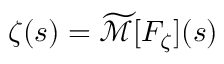
\zeta ( s ) = { \widetilde { \mathcal { M } } } [ F _ { \zeta } ] ( s )